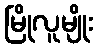
မြိုလူမျိုး